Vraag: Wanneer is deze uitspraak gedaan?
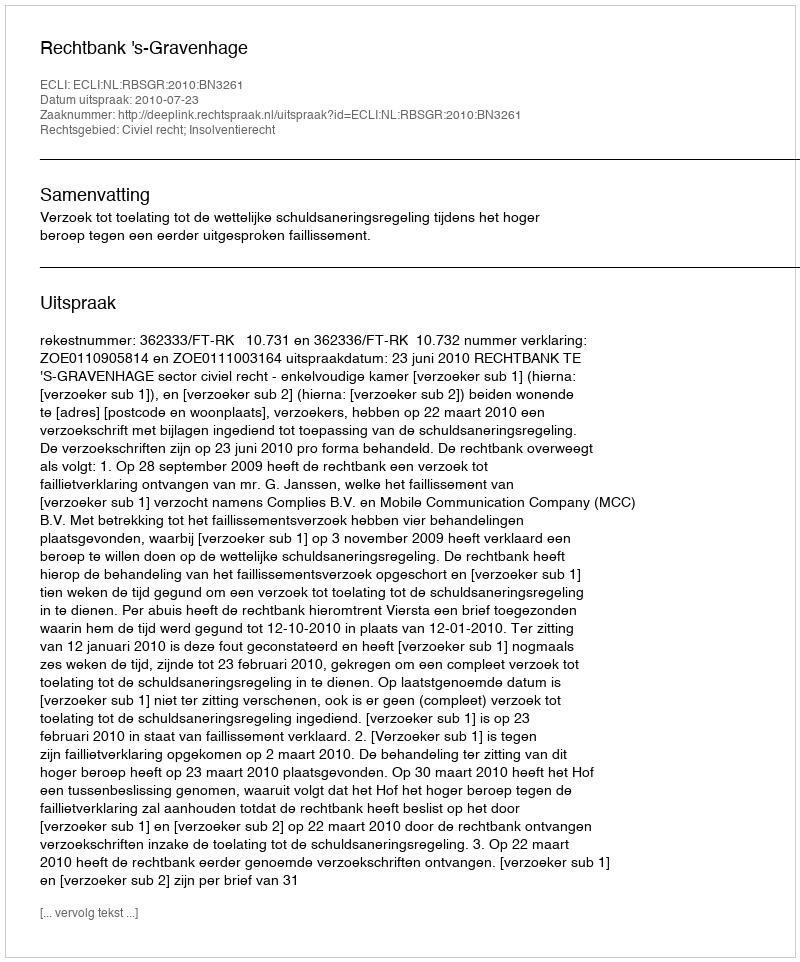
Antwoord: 2010-07-23